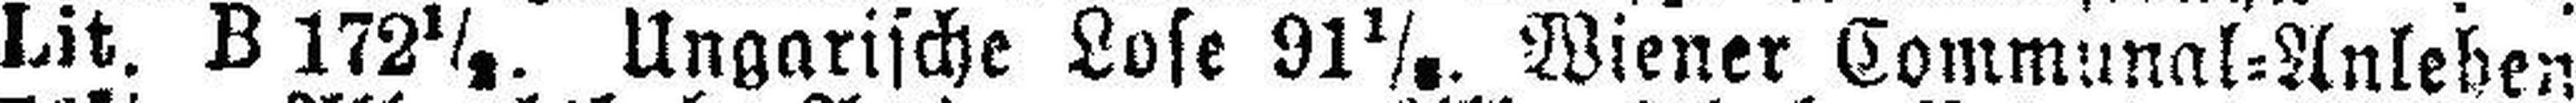
Lit. B 172½. Ungarische Lose 91 1/8. Wiener Communal=Anlehen